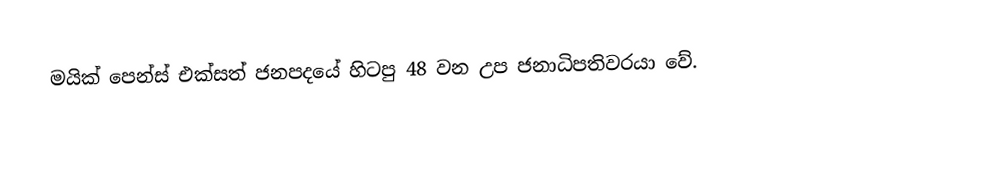
මයික් පෙන්ස්  එක්සත් ජනපදයේ හිටපු 48 වන උප ජනාධිපතිවරයා වේ.